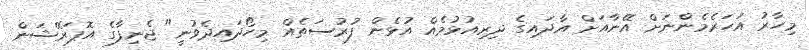
މިހާރު އަހަރެމެންނަށް އޭނާއަށް އާދައިގެ ދިރިއުޅުމެއް އުޅެން ފުރުސަތެއް މިހޯދައިދެވުނީ" ޖެނިފާގެ އޮޕަރޭޝަން